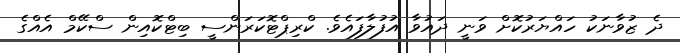
ދެ ޒުވާނަކު ހައްޔަރުކޮށް ވަނީ ދައުވާ އުފުލާފައެވެ. ކްރިޕްޓޮކަރަންސީ ބިޓްކޮއިން ސްކޭމް އެއްގެ